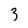
Character: 3